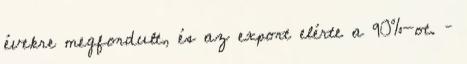
évekre megfordult, és az export elérte a 90%-ot. –